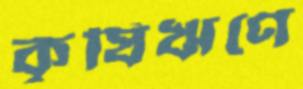
কৃষিঋণে